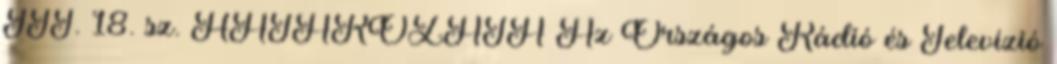
III. 18. sz. HATÁROZATA Az Országos Rádió és Televízió